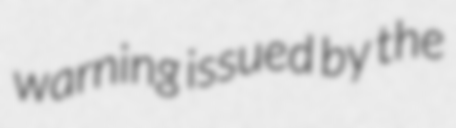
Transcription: warning issued by the